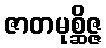
ဇာတမုစ္ဆိဇ္ဇ